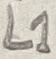
Text: L1